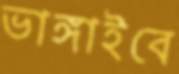
ভাঙ্গাইবে